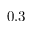
0 . 3